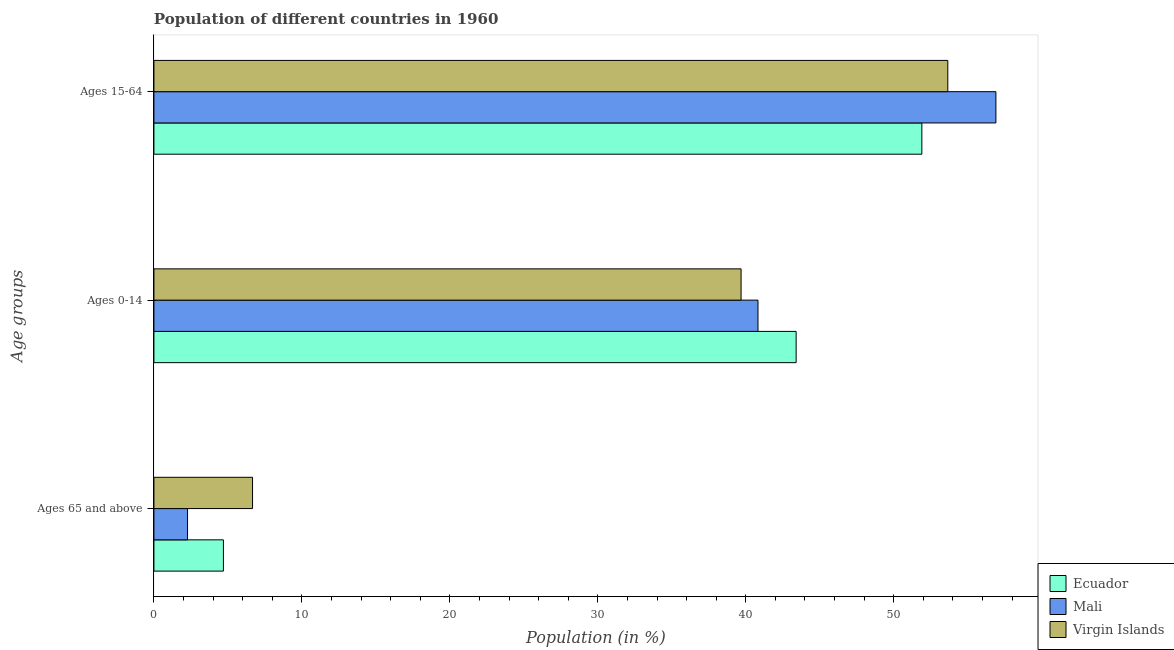
| Age groups | Ecuador | Mali | Virgin Islands |
 | --- | --- | --- | --- |
 | Ages 65 and above | 4.7 | 2.27 | 6.67 |
 | Ages 0-14 | 43.4 | 40.8 | 39.7 |
 | Ages 15-64 | 51.9 | 56.9 | 53.7 |